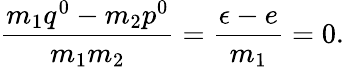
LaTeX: \frac{m_{1}q^{0}-m_{2}p^{0}}{m_{1}m_{2}}=\frac{\epsilon-e}{m_{1}}=0.